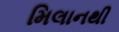
મિલાનથી